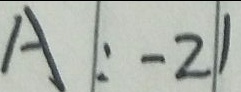
A : - 2 1